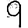
Digit: 9